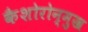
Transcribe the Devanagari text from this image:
कैशोरोन्मुख